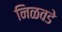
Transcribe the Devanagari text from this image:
निळवडे